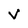
Character: v